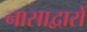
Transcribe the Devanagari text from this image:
नासाद्वारों